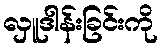
လှူဒါန်းခြင်းကို